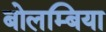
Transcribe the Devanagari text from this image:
बोलम्बिया